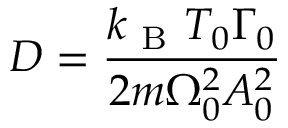
D = \frac { k _ { \mathrm { ~ B ~ } } T _ { 0 } \Gamma _ { 0 } } { 2 m \Omega _ { 0 } ^ { 2 } A _ { 0 } ^ { 2 } }